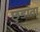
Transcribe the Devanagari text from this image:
छुडाता